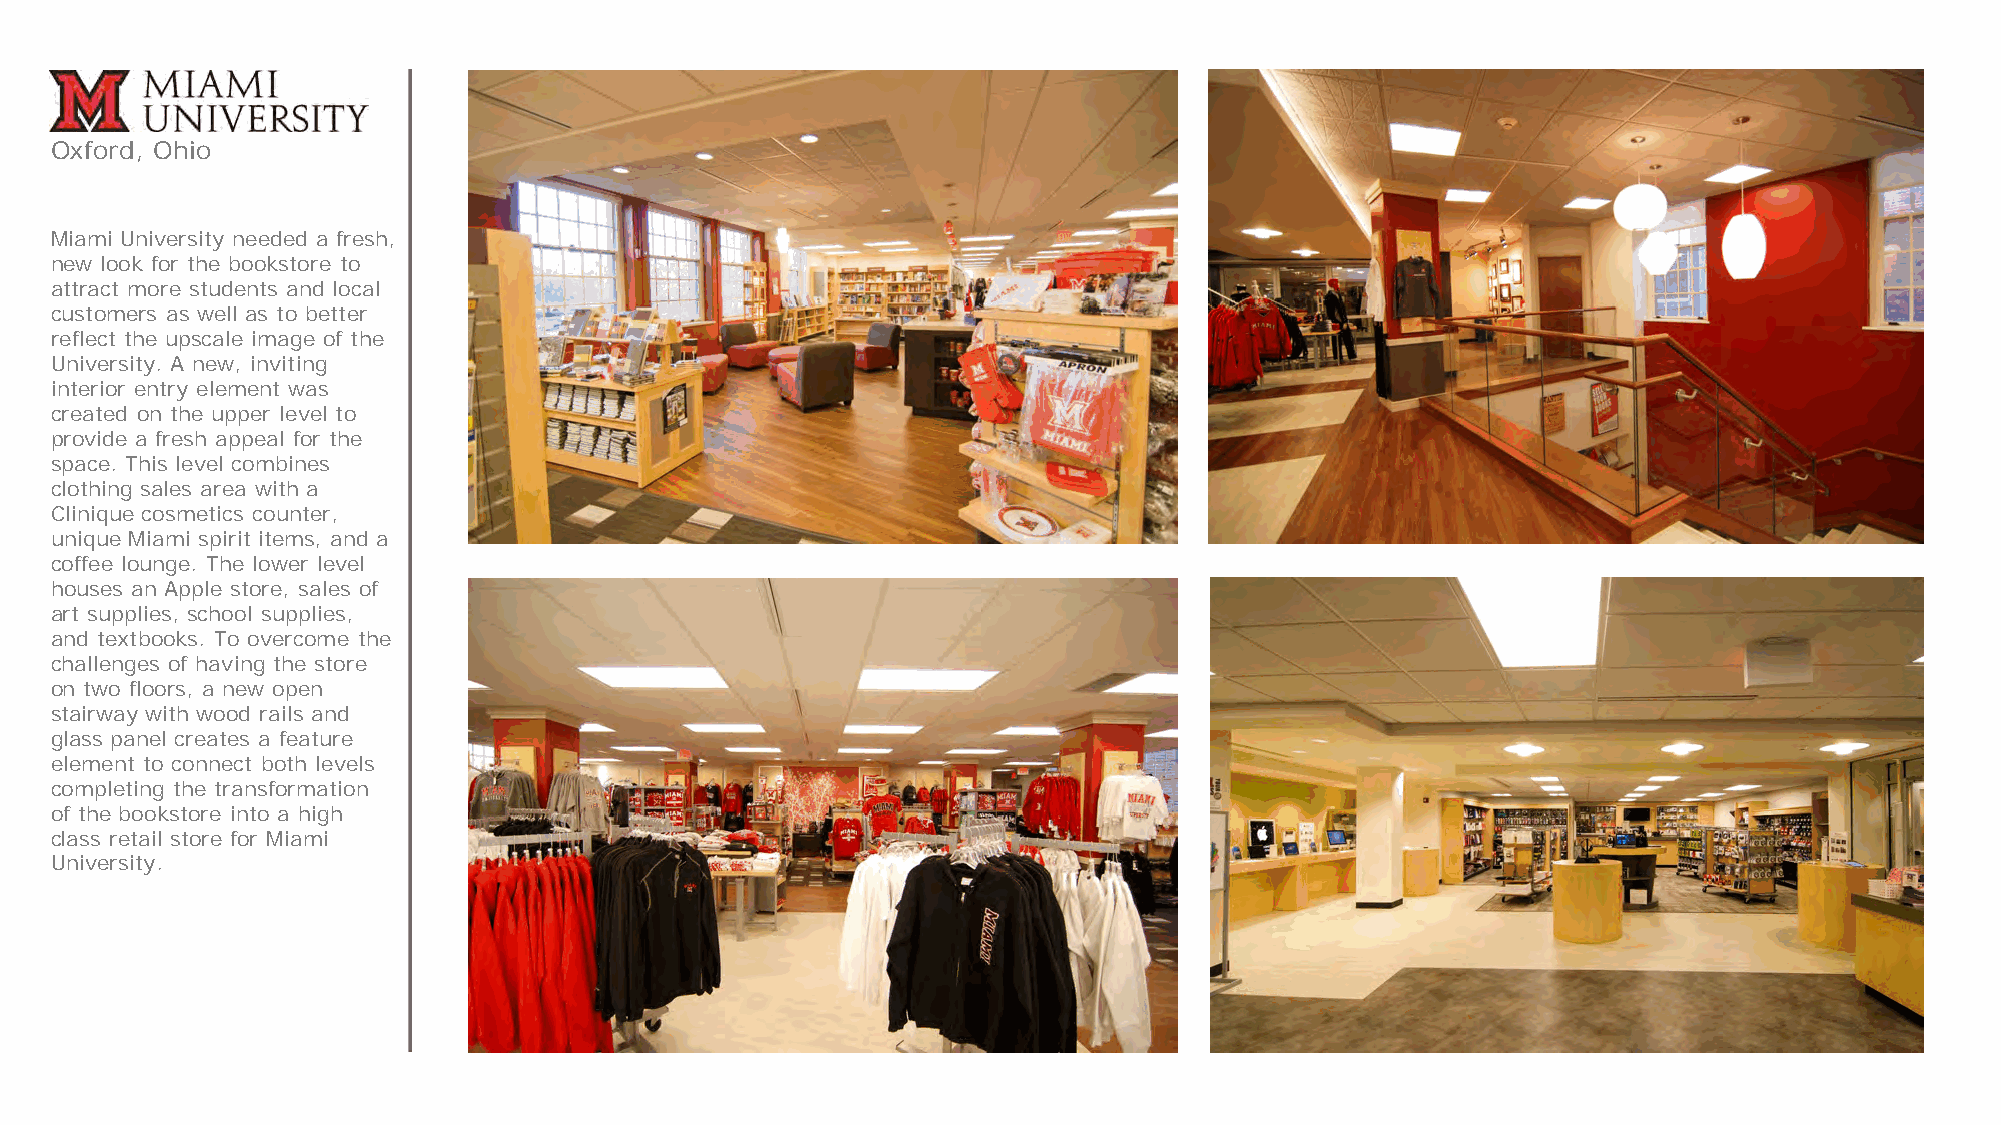
Oxford, Ohio
 Miami University needed a fresh,
 new look for the bookstore to
 attract more students and local
 customers as well as to better
 reflect the upscale image of the
 University. A new, inviting
 interior entry element was
 created on the upper level to
 provide a fresh appeal for the
 space. This level combines
 clothing sales area with a
 Clinique cosmetics counter,
 unique Miami spirit items, and a
 coffee lounge. The lower level
 houses an Apple store, sales of
 art supplies, school supplies,
 and textbooks. To overcome the
 challenges of having the store
 on two floors, a new open
 stairway with wood rails and
 glass panel creates a feature
 element to connect both levels
 completing the transformation
 of the bookstore into a high
 class retail store for Miami
 University.